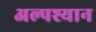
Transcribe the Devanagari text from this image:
अल्पश्यान